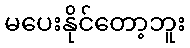
မပေးနိုင်တော့ဘူး